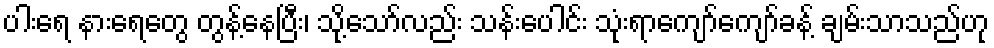
ပါးရေ နားရေတွေ တွန့်နေပြီး၊ သို့သော်လည်း သန်းပေါင်း သုံးရာကျော်ကျော်ခန့် ချမ်းသာသည်ဟု